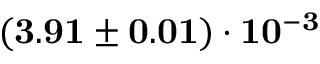
\mathbf { ( 3 . 9 1 \pm 0 . 0 1 ) \cdot 1 0 ^ { - 3 } }